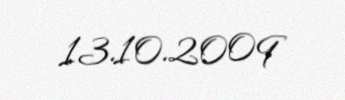
13.10.2009